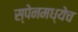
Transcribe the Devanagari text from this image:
स्पेनमध्येच